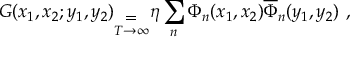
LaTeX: G ( x _ { 1 } , x _ { 2 } ; y _ { 1 } , y _ { 2 } ) _ { \stackrel { { \displaystyle = } } { T \rightarrow \infty } } \eta \sum _ { n } \Phi _ { n } ( x _ { 1 } , x _ { 2 } ) \overline { { \Phi } } _ { n } ( y _ { 1 } , y _ { 2 } ) \ ,